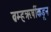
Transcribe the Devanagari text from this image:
ब्रम्हऋषींकडून